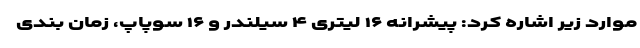
موارد زیر اشاره کرد: پیشرانه ۱۶ لیتری ۴ سیلندر و ۱۶ سوپاپ، زمان بندی